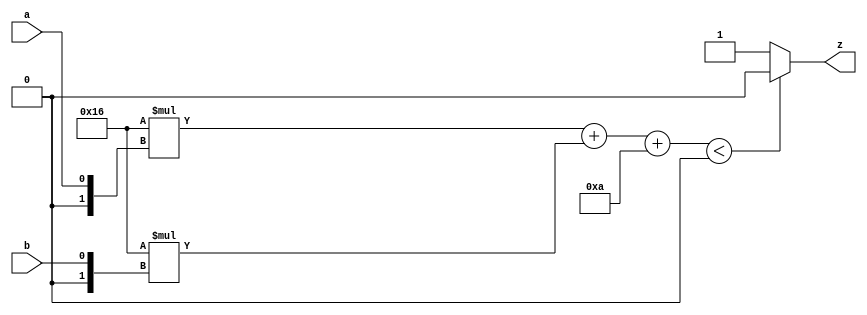

`timescale 1ns/10ps

module NAND (
    a,
    b,
    z
);
// input: a, b
// output z

input a;
input b;
output z;
reg z;

always @(a, b) begin: NAND_NAND_BEHAVE
    integer activation;
    activation = ((((-10) * $signed({1'b0, a})) + ((-10) * $signed({1'b0, b}))) + 10);
    if ((activation < 0)) begin
        z = 0;
    end
    else begin
        z = 1;
    end
end

endmodule